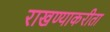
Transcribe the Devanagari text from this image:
राखण्याकरीता